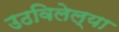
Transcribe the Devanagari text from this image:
उठविलेल्या